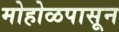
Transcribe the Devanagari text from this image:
मोहोळपासून